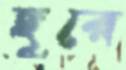
ছুরে